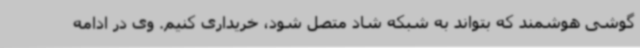
گوشی هوشمند که بتواند به شبکه شاد متصل شود، خریداری کنیم. وی در ادامه